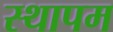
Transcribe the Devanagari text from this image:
स्थापम